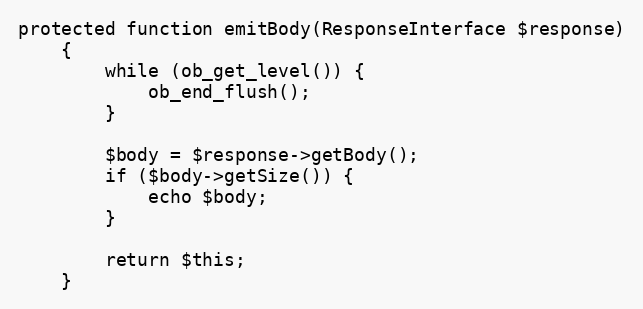
Language: PHP
protected function emitBody(ResponseInterface $response)
    {
        while (ob_get_level()) {
            ob_end_flush();
        }

        $body = $response->getBody();
        if ($body->getSize()) {
            echo $body;
        }

        return $this;
    }